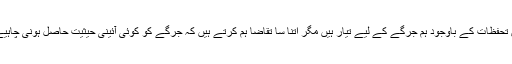
ان تحفظات کے باوجود ہم جرگے کے لیے تیار ہیں مگر اتنا سا تقاضا ہم کرتے ہیں کہ جرگے کو کوئی آئینی حیثیت حاصل ہونی چاہیے۔